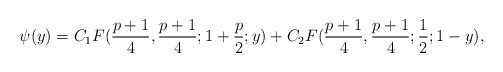
\begin{align*}\psi (y) = C_1 F({p+1 \over 4}, {p+1 \over 4}; 1 + {p \over 2}; y) + C_2 F({p+1 \over 4}, {p+1 \over 4}; {1 \over 2}; 1-y),\end{align*}